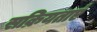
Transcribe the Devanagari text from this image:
सक्रियताएं